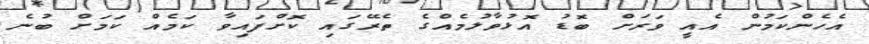
އެހެންކަމުން އެއީ ވަރަށް ބޮޑު އޮޅުވާލުމެއްގެ ތެރޭގައި ކޮށްފައިވާ ކަމެއް ކަމަށް ބުނެ